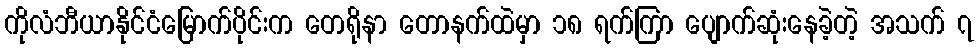
ကိုလံဘီယာနိုင်ငံမြောက်ပိုင်းက တေရိုနာ တောနက်ထဲမှာ ၁၈ ရက်ကြာ ပျောက်ဆုံးနေခဲ့တဲ့ အသက် ၇